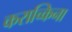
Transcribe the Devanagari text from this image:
कराच्किना